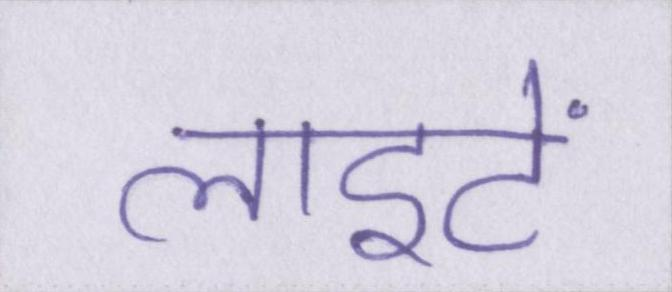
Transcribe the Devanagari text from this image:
लाइटें